Vaccination in Bombay 1889-1901 - 1889-1901
Year: 1889
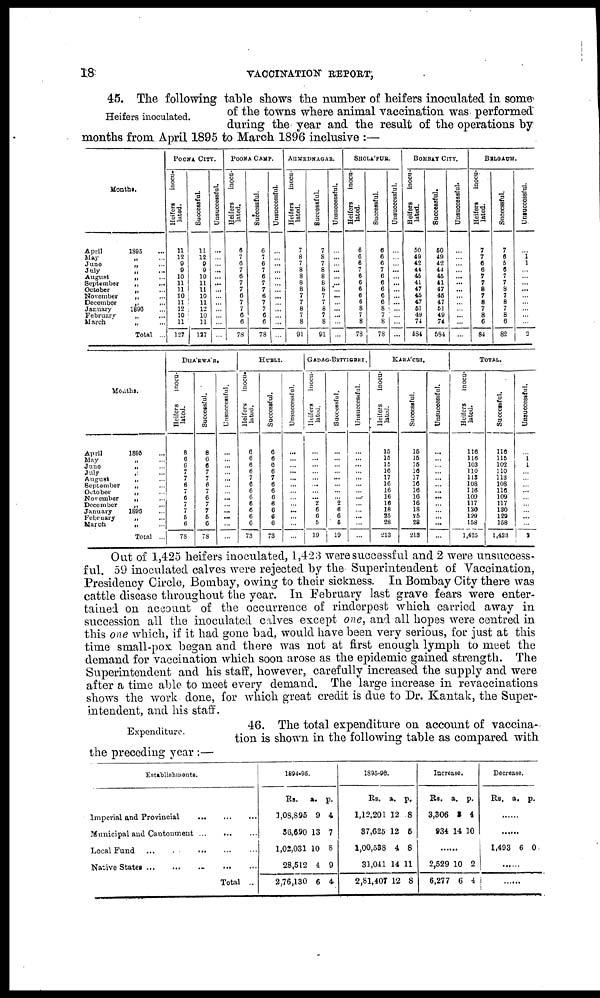
18
VACCINATION REPORT,
Heifers inoculated.
45. The following table shows the number of heifers inoculated in some
of the towns where animal vaccination was performed
during the year and the result of the operations by
months from April 1895 to March 1896 inclusive :—
Monthe.
April
1895 ...
May „
...
June
„ ...
July
„ ...
August
„ ...
September
„ ...
October
„ ...
November
„ ...
December
„
...
January
1896
February
„ ...
March
„
...
Total ...
POONA CITY.
Heifers
inocu-
lated.
11
12
9
9
10
11
11
10
11
12
10
11
127
Successful.
11
12
9
9
10
11
11
10
11
12
10
11
127
Unsuccessful.
...
...
...
...
...
...
...
...
...
...
...
...
...
POONA CAMP.
Heifers
inocu-
lated.
6
7
6
7
6
7
7
6
7
7
6
6
78
Successful.
6
7
6
7
6
7
7
6
7
7
6
6
78
Unsuccessful.
...
...
...
...
...
...
...
...
...
...
...
...
...
AHMEDNAGAR.
Heifers
inocu-
lated.
7
8
7
8
8
8
8
7
7
8
7
8
91
Successful.
7
8
7
8
8
8
8
7
7
8
7
8
91
Unsuccessful.
...
...
...
...
...
...
...
...
...
...
...
...
...
SHOLA'PUR.
Heifers
inocu-
lated.
6
6
6
7
6
6
6
6
6
8
7
8
78
Successful.
6
6
6
7
6
6
6
6
6
8
7
8
78
Unsuccessful.
...
...
...
...
...
...
...
...
... ...
...
...
...
BOMBAY CITY.
Heifers
inocu-
lated.
50
49
42
44
45
41
47
45
47
51
49
74
584
Successful.
50
49
42
44
45
41
47
45
47
51
49
74
584
Unsuccessful.
...
...
...
...
...
...
...
...
...
...
...
...
...
BELGAUM.
Heifers
inocu-
lated.
7
7
6
6
7
7
8
7
8
7
8
6
84
Successful.
7
6
5
6
7
7
8
7
8
7
8
6
82
Unsuccessful.
...
1
1
...
...
...
...
...
...
...
...
...
3
Months.
April
1895 ...
May
„ ...
June
„ ...
July
„ ...
August
„ ...
September
„ ...
October
„ ...
November
„ ...
December
„ ...
January
1898
February
„ ...
March
„ ...
Total ...
DHA'RWA'R.
Heifers
inocu-
lated.
8
6
6
7
7
6
7
6
7
7
5
6
78
Successful.
8
6
6
7
7
6
7
6
7
7
5
6
78
Unsuccessful.
...
...
...
...
...
...
...
...
...
...
...
...
...
HUBLI.
Heifers
inocu-
lated.
6
6
6
6
7
6
6
6
6
6
6
6
73
Successful.
6
6
6
6
7
6
6
6
6
6
6
6
73
Unsuccessful.
...
...
...
...
...
...
...
...
...
...
...
...
...
GADAG-BETTIGERI.
Heifers
inocu-
lated.
...
...
...
...
...
...
...
... 2
6
6
5
19
Successful.
...
...
...
...
...
...
...
...
2
6
6
5
19
Unsuccessful.
...
...
...
...
...
...
...
...
...
...
...
...
...
KARA'CHI.
Heifers
inocu-
lated.
15
15
15
16
17
16
16
16
16
18
25
28
213
Successful.
15
15
15
16
17
16
16
16
16
18
25
28
213
Unsuccessful.
...
...
...
...
...
...
...
...
...
...
...
...
...
TOTAL.
Heifers
inocu-
lated.
116
116
103
110
113
108
116
109
117
130
129
158
1,425
Successful.
116
115
102
110
113
108
116
109
117
130
129
158
1,423
Unsuccessful.
...
1
1
...
...
...
...
...
...
...
...
...
2
Out of 1,425 heifers inoculated, 1,423 were successful and 2 were unsuccess-
ful. 59 inoculated calves were rejected by the Superintendent of Vaccination,
Presidency Circle, Bombay, owing to their sickness. In Bombay City there was
cattle disease throughout the year. In February last grave fears were enter-
tained on account of the occurrence of rinderpest which carried away in
succession all the inoculated calves except one, and all hopes were centred in
this one which, if it had gone bad, would have been very serious, for just at this
time small-pox began and there was not at first enough lymph to meet the
demand for vaccination which soon arose as the epidemic gained strength. The
Superintendent and his staff, however, carefully increased the supply and were
after a time able to meet every demand. The large increase in revaccinations
shows the work done, for which great credit is due to Dr. Kantak, the Super-
intendent, and his staff.
Expenditure.
46. The total expenditure on account of vaccina-
tion is shown in the following table as compared with
the preceding year :—
Establishments.
Imperial and Provincial
...
...
...
Municipal and Cantonment
...
...
...
Local Fund
...
...
...
...
...
Native States
...
...
...
...
...
Total ..
1894-95.
Rs.
1,08,895
36,690
1,02,031
28,512
2,76,130
a.
9
13
10
4
6
p.
4
7
8
9
4
1895-96.
Rs.
1,12,201
37,625
1,00,538
31,041
2,81,407
a.
12
12
4
14
12
p.
8
5
8
11
8
Increase.
Rs.
3,306
934
a.
3
14
p.
4
10
......
2,529
6,277
10
6
2
4
Decrease.
Rs. a. p.
......
......
1,493 6 0
......
......